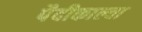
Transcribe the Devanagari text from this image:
पैदीकाल्वा